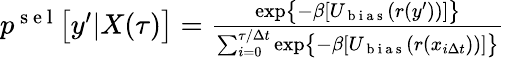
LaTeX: \begin{array}{r}{p^{\mathrm{~s~e~l~}}\bigl[y^{\prime}|X(\tau)\bigr]=\frac{\exp\bigl\{ -\beta[U_{\mathrm{~b~i~a~s~}}(r(y^{\prime}))]\bigr\} }{\sum_{i=0}^{\tau/\Delta t}\exp\bigl\{ -\beta[U_{\mathrm{~b~i~a~s~}}(r(x_{i\Delta t}))]\bigr\} }}\end{array}